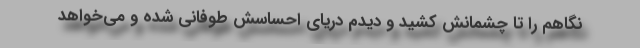
نگاهم را تا چشمانش کشید و دیدم دریای احساسش طوفانی شده و می‌خواهد